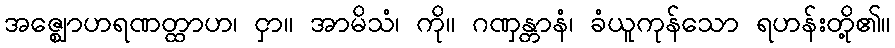
အဇ္ဈောဟရဏတ္ထာဟ၊ ငှာ။ အာမိသံ၊ ကို။ ဂဏှန္တာနံ၊ ခံယူကုန်သော ရဟန်းတို့၏။